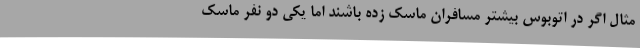
مثال اگر در اتوبوس بیشتر مسافران ماسک زده باشند اما یکی دو نفر ماسک